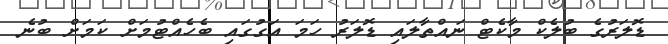
ޑޮލަރުގެ ބުލެކް މާކެޓް ނައްތާލައި ޑޮލަރު ހަމަ އަގުގައި ބެހެއްޓުމަށް ކަމަށް ބުނެ